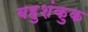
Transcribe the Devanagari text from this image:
बहुशंकुक